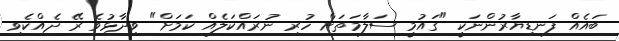
ބައެއް ފަނޑިޔާރުންނަކީ "ގައުމީ ސަލާމަތަށް ހުރި ނުރައްކަލެއް ކަމަށް" ވިދާޅުވެ ރޭ ދެއްކެވި